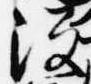
没